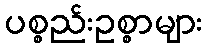
ပစ္စည်းဥစ္စာများ